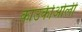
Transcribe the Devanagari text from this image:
काउकीओली